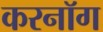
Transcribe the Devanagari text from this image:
करनॉग